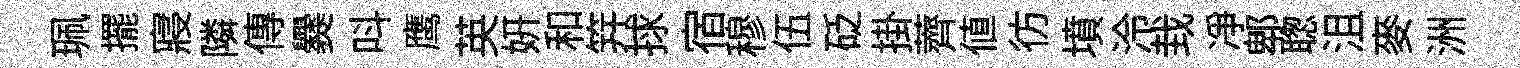
珮擺寢隣傳爨呌鹰英妍和笄捄宿穆伍砭掛薺値彷墳泠㘽净郫聦沮麥洲